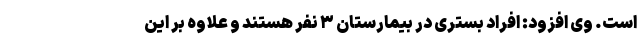
است. وی افزود: افراد بستری در بیمارستان ۳ نفر هستند و علاوه بر این